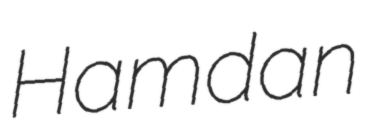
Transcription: Hamdan